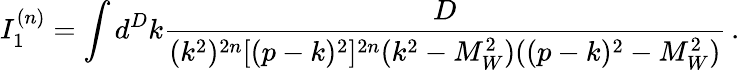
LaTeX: I_{1}^{(n)}=\int d^{D}k\frac{D}{(k^{2})^{2n}[(p-k)^{2}]^{2n}(k^{2}-M_{W}^{2})((p-k)^{2}-M_{W}^{2})}\, .